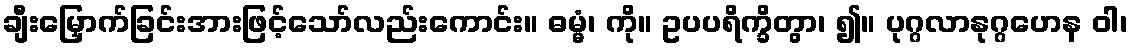
ချီးမြှောက်ခြင်းအားဖြင့်သော်လည်းကောင်း။ ဓမ္မံ၊ ကို။ ဥပပရိက္ခိတွာ၊ ၍။ ပုဂ္ဂလာနုဂ္ဂဟေန ဝါ၊